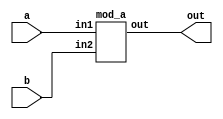
module top_module(
  input 	a,
  input 	b,
  output 	out
);
  
// 
    mod_a in(a,b,out);


//
endmodule


module mod_a ( 
  input 	in1, 
  input 	in2, 
  output 	out 
);
assign out = in1 & in2;
endmodule